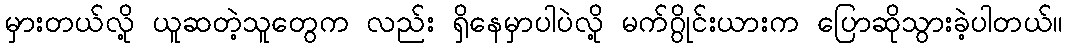
မှားတယ်လို့ ယူဆတဲ့သူတွေက လည်း ရှိနေမှာပါပဲလို့ မက်ဂွိုင်းယားက ပြောဆိုသွားခဲ့ပါတယ်။